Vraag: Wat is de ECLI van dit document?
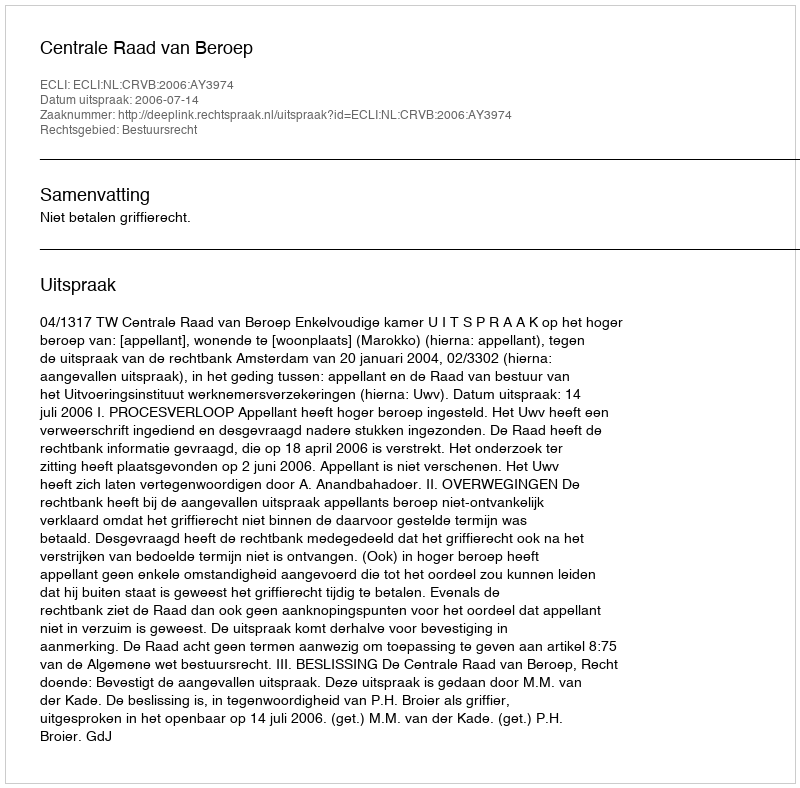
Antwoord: ECLI:NL:CRVB:2006:AY3974